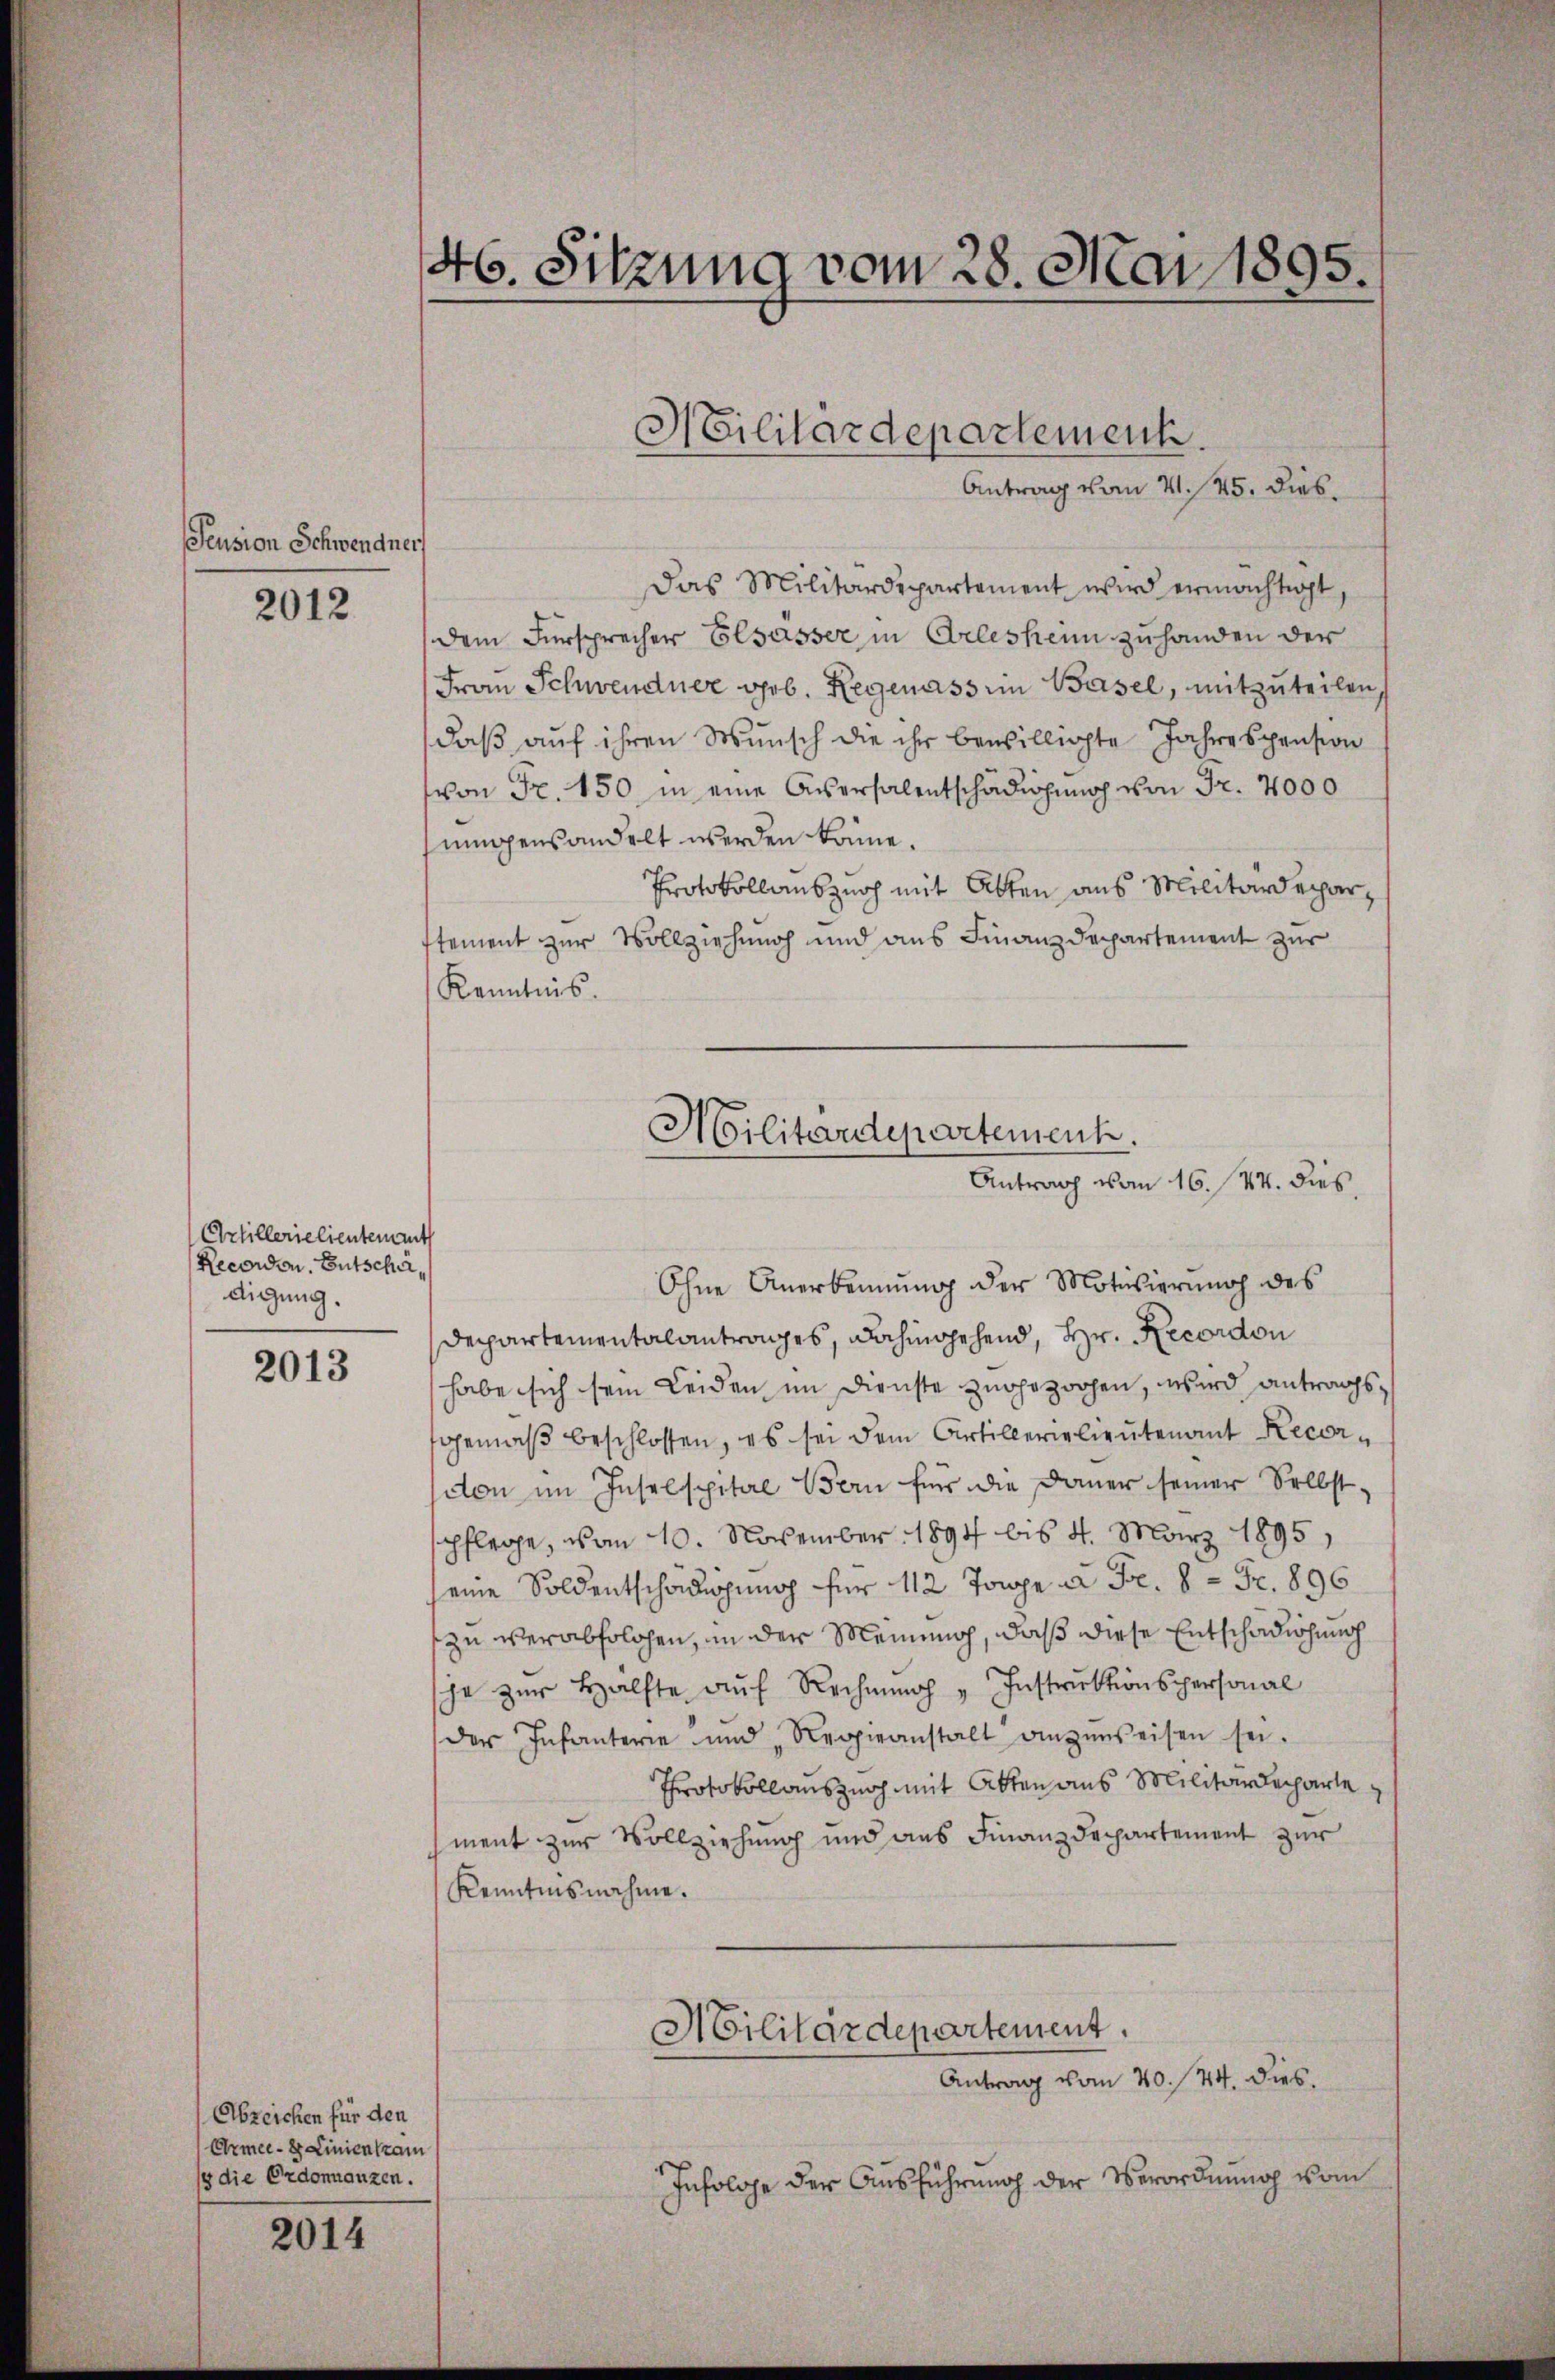
Feusion Schwendners

2012

Artillerielientement
Recordon. Entschädigung.

2013

Das Militärdepartement wird ermächtigt,
dem Fürsprecher Elsasser in Arleshenn zuhanden der
Frau Schwendner geb. Regenass ein Basel, mitzuteilen,
daß auf ihren Wunsch die ihr bewilligte Jahrespension
von Fr. 150 in eine Aversalentschädigung von Fr. 4000
sumpenhandelt werden könne.
Protokollauszurh mit Atten aus Militärdeparstement zur Vollziehung und aus Finanzdepartement zur
Kenntnis.
Ohne Anerkennung der Motivierŭng des
Deppartementalantrages, dahingehend, Hr. Recordon
habe sich sein Leiden im Dienste zugezochen, wird antragssgemäß beschlossen, es sei dem Artillerielieutenant Recordon im Inselspital Bern für die Dauer seiner Selbst-
pflege, von 10. November 1891 bis 4. März 1895
seine Soldentschädigung für 112 Tage à Fr. 8 Fr. 896
zu verabfolgen, in der Meinung, daß diese Entschädigung
sche zur Hälfte aŭf Rechnung " Instruktionspersonal
der Infanterie und Regieanstalt anzuweisen sei.
Protokollauszeich mit Atten aus Militärdeparte
ment zur Vollziehung und aus Finanzdepartement zur
Kenntnisnahme.
Militärdepartement.
Antrag vom 20. 44. dies.
Infolge der Ausführung der Verordnung vom

Abzeichen für den
Armee- 8 Linienkam
y die Ordonnauzen.

2014

46. Sitzung vom 28. Mai 1895.

Militärdepartement.
Antrag vom 21. 45. dies

Militärdepartement.
Antrag vom 16. 44. dies